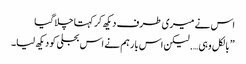
اس نے میری طرف دیکھ کر کہتا چلا گیا
” بالکل وہی…. لیکن اس بار ہم نے اس بجلی کو دیکھ لیا۔